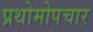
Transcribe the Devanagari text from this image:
प्रथोमोपचार